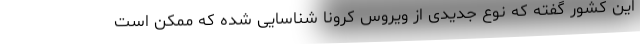
این کشور گفته که نوع جدیدی از ویروس کرونا شناسایی شده که ممکن است